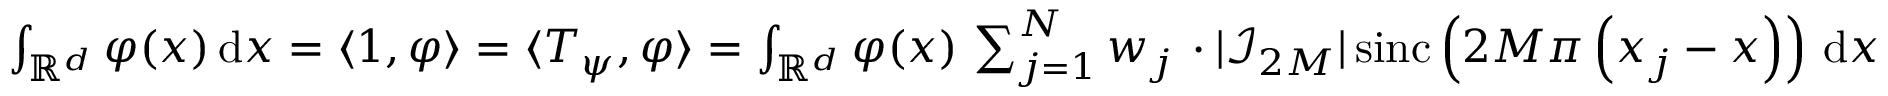
\begin{array} { r } { \int _ { \mathbb R ^ { d } } \varphi ( \boldsymbol x ) \, \mathrm { d } \boldsymbol x = \langle 1 , \varphi \rangle = \langle T _ { \psi } , \varphi \rangle = \int _ { \mathbb R ^ { d } } \varphi ( \boldsymbol x ) \, \sum _ { j = 1 } ^ { N } w _ { j } \, \cdot | \mathcal I _ { \b { 2 M } } | \, \mathrm { s i n c } \left( 2 M \pi \left( \boldsymbol x _ { j } - \boldsymbol x \right) \right) \, \mathrm { d } \boldsymbol x } \end{array}